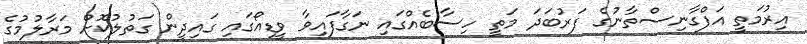
އިރުމަތީ އަފްގާނިސްތާނުގެ ފަރުބަދަ މަތީ ހިސާބެއްގައި ނަގާފައިވާ ވީޑިއޯގައި ގައިދީން ގަތުލުކޮށް މަރާލުމުގެ